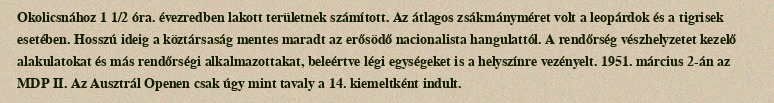
Okolicsnához 1 1/2 óra. évezredben lakott területnek számított. Az átlagos zsákmányméret volt a leopárdok és a tigrisek esetében. Hosszú ideig a köztársaság mentes maradt az erősödő nacionalista hangulattól. A rendőrség vészhelyzetet kezelő alakulatokat és más rendőrségi alkalmazottakat, beleértve légi egységeket is a helyszínre vezényelt. 1951. március 2-án az MDP II. Az Ausztrál Openen csak úgy mint tavaly a 14. kiemeltként indult.